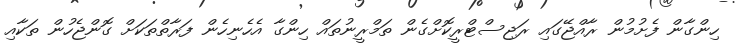
ހިންގާން ފެށުމުން ރާއްޖޭގައި ރަޖިސްޓްރީކޮށްގެން ތަމްރީނުތައް ހިންގާ އެހެނިހެން ފަރާތްތަކަށް ގޮންޖެހުން ތަކާއި